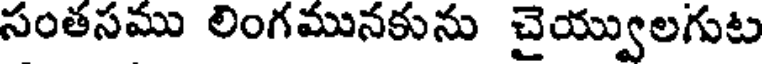
సంతసము లింగమునకును చైయ్వులగుట